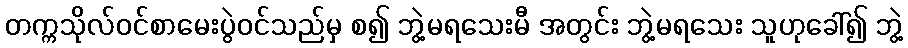
တက္ကသိုလ်ဝင်စာမေးပွဲဝင်သည်မှ စ၍ ဘွဲ့မရသေးမီ အတွင်း ဘွဲ့မရသေး သူဟုခေါ်၍ ဘွဲ့